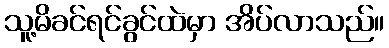
သူ့မိခင်ရင်ခွင်ထဲမှာ အိပ်လာသည်။